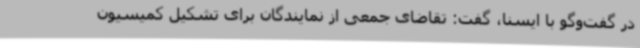
در گفت‌وگو با ایسنا، گفت: تقاضای جمعی از نمایندگان برای تشکیل کمیسیون